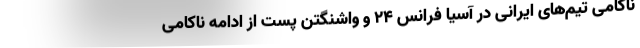
ناکامی‌ تیم‌های ایرانی در آسیا فرانس ۲۴ و واشنگتن پست از ادامه ناکامی